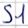
Text: S1